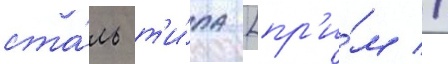
ста́ль т'и́па [пр'и́м //